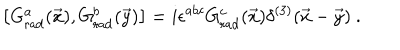
\left[ G _ { \mathrm { r a d } } ^ { a } ( \vec { x } ) , G _ { \mathrm { r a d } } ^ { b } ( \vec { y } ) \right] = i \epsilon ^ { a b c } G _ { \mathrm { r a d } } ^ { c } ( \vec { x } ) \delta ^ { ( 3 ) } ( \vec { x } - \vec { y } ) \ .